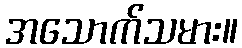
အသောက်သမား။